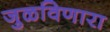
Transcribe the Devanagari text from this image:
जुळविणारा